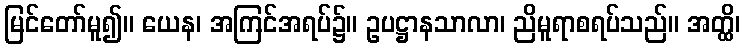
မြင်တော်မူ၍။ ယေန၊ အကြင်အရပ်၌။ ဥပဋ္ဌာနသာလာ၊ ညိမူရာစရပ်သည်။ အတ္ထိ၊